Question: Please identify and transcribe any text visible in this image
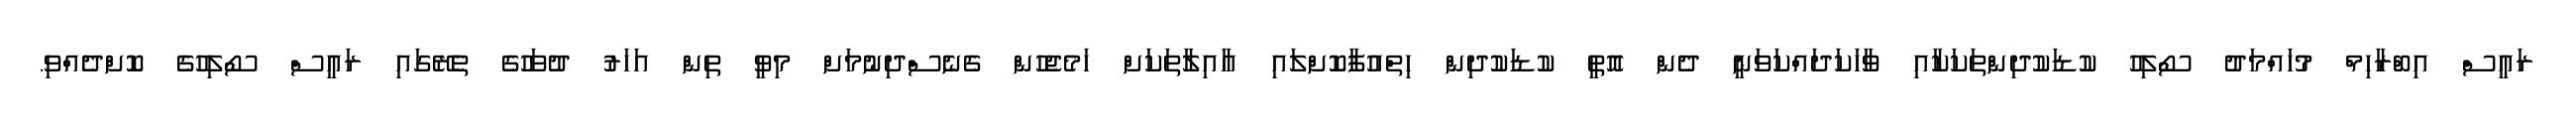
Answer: ރައީސް އިބްރާހިމް މުހައްމަދު ސޯލިހު ކުޑަކުދިންތަކަކާއި ވާހަކަދައްކަވަނީ ދެން އޮތީ ކުޑަކުދިން ހިތްއުފާކޮށްލައި އާއިލާތަކަށް ހަމެޖެހުން ގެނެސްދިނުމަށް މިވީ ތިން އަހަރު ދުވަހުގެ ތެރޭގައި ރައީސް ސޯލިހުގެ ކޮށްދެއްވި.